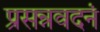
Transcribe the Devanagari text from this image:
प्रसन्नवदनं